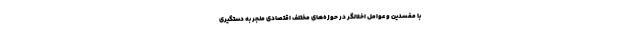
با مفسدین و عوامل اخلالگر در حوزه‌های مختلف اقتصادی منجر به دستگیری